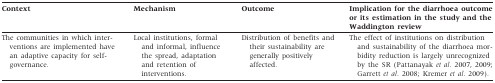
| Context | Mechanism | Outcome | Implication for the diarrhoea outcome or its estimation in the study and the Waddington review |
 | --- | --- | --- | --- |
 | The communities in which interventions are implemented have an adaptive capacity for self-governance. | Local institutions, formal and informal, influence the spread, adaptation and retention of interventions. | Distribution of benefits and their sustainability are generally positively affected. | The effect of institutions on distribution and sustainability of the diarrhoea morbidity reduction is largely unrecognized by the SR (Pattanayak et al. 2007, 2009; Garrett et al. 2008; Kremer et al. 2009). |